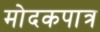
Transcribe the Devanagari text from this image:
मोदकपात्र